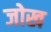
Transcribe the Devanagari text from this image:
जोख